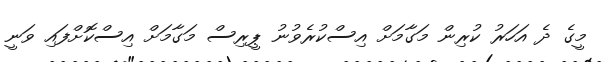
މީގެ ދެ އަހަރު ކުރިން މަގާމަށް އިސްކުރެވުނު ޕީރިސް މަގާމަށް އިސްކޮށްފައި ވަނީ